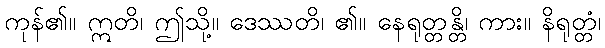
ကုန်၏။ ဣတိ၊ ဤသို့။ ဒေဿတိ၊ ၏။ နေရုတ္တန္တိ၊ ကား။ နိရုတ္တံ၊